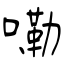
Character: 嘞